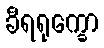
ခီရရုက္ခော